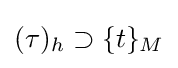
(\tau )_{h}\supset \{t\}_{M}